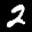
Label: 2